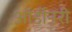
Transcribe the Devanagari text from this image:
ऑर्डीनरी